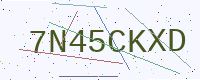
Text: 7N45CKXD